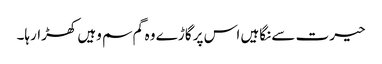
حیرت سے نگاہیں اس پر گاڑے وہ گم سم وہیں کھڑارہا۔